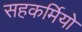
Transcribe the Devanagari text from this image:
सहकर्मियो